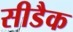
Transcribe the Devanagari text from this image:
सीडैक